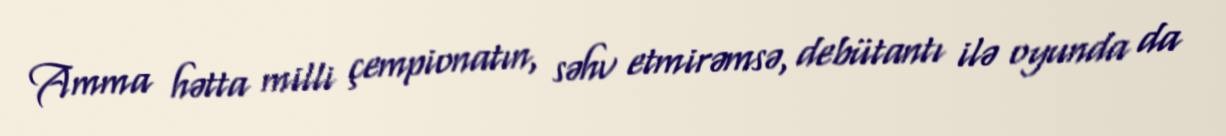
Amma hətta milli çempionatın, səhv etmirəmsə, debütantı ilə oyunda da